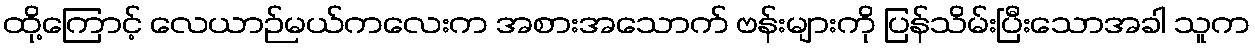
ထို့ကြောင့် လေယာဉ်မယ်ကလေးက အစားအသောက် ဗန်းများကို ပြန်သိမ်းပြီးသောအခါ သူက